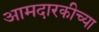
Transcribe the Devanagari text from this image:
आमदारकीच्या